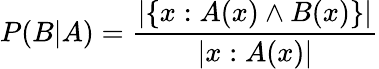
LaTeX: P(B|A)={\frac{|\{ x:A(x)\land B(x)\} |}{|x:A(x)|}}